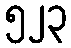
၅၂၃